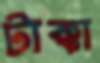
টাক্কা